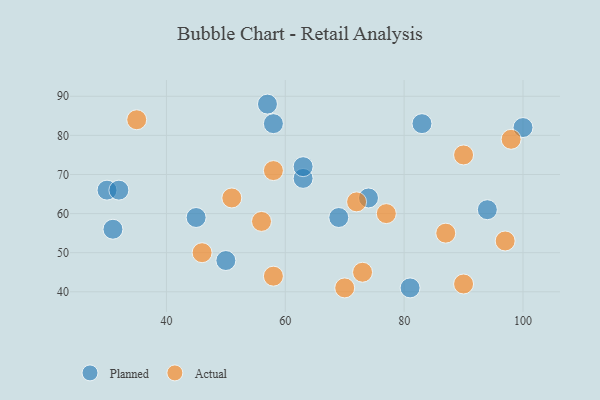
{"axis": {"x": "GDP", "y": "Life Expectancy"}, "legend": ["Actual", "Planned"], "data": [{"x": "83", "y": 83, "type": "Planned"}, {"x": "63", "y": 69, "type": "Planned"}, {"x": "100", "y": 82, "type": "Planned"}, {"x": "50", "y": 48, "type": "Planned"}, {"x": "81", "y": 41, "type": "Planned"}, {"x": "57", "y": 88, "type": "Planned"}, {"x": "58", "y": 83, "type": "Planned"}, {"x": "30", "y": 66, "type": "Planned"}, {"x": "63", "y": 72, "type": "Planned"}, {"x": "74", "y": 64, "type": "Planned"}, {"x": "31", "y": 56, "type": "Planned"}, {"x": "45", "y": 59, "type": "Planned"}, {"x": "69", "y": 59, "type": "Planned"}, {"x": "94", "y": 61, "type": "Planned"}, {"x": "32", "y": 66, "type": "Planned"}, {"x": "58", "y": 44, "type": "Actual"}, {"x": "72", "y": 63, "type": "Actual"}, {"x": "46", "y": 50, "type": "Actual"}, {"x": "90", "y": 75, "type": "Actual"}, {"x": "77", "y": 60, "type": "Actual"}, {"x": "56", "y": 58, "type": "Actual"}, {"x": "73", "y": 45, "type": "Actual"}, {"x": "58", "y": 71, "type": "Actual"}, {"x": "90", "y": 42, "type": "Actual"}, {"x": "70", "y": 41, "type": "Actual"}, {"x": "87", "y": 55, "type": "Actual"}, {"x": "51", "y": 64, "type": "Actual"}, {"x": "35", "y": 84, "type": "Actual"}, {"x": "97", "y": 53, "type": "Actual"}, {"x": "98", "y": 79, "type": "Actual"}]}